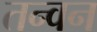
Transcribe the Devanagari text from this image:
तन्वन